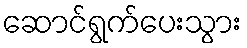
ဆောင်ရွက်ပေးသွား